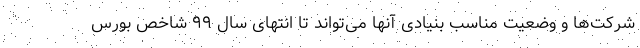
شرکت‌ها و وضعیت مناسب بنیادی آنها می‌تواند تا انتهای سال ۹۹ شاخص بورس